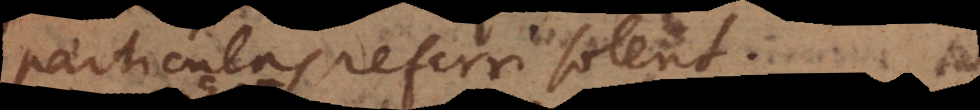
particulas referri solent.